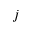
j